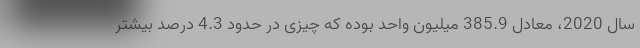
سال 2020، معادل 385.9 میلیون واحد بوده که چیزی در حدود 4.3 درصد بیشتر